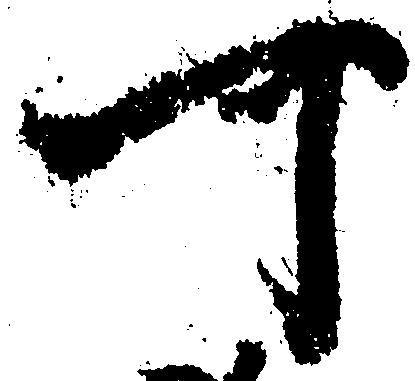
可